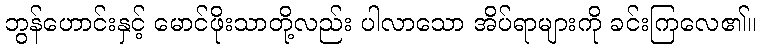
ဘွန်ဟောင်းနှင့် မောင်ဖိုးသာတို့လည်း ပါလာသော အိပ်ရာများကို ခင်းကြလေ၏။